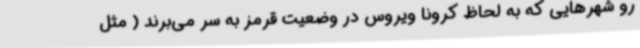
رو شهرهایی که به لحاظ کرونا ویروس در وضعیت قرمز به سر می‌برند ( مثل